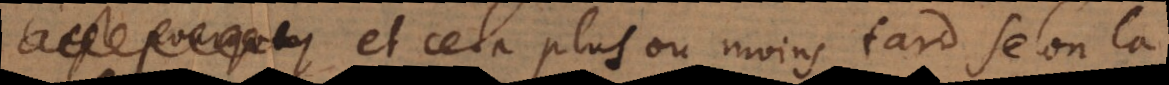
et cela plus ou moins tard selon la